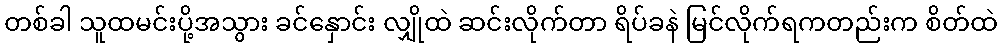
တစ်ခါ သူထမင်းပို့အသွား ခင်နှောင်း လျှိုထဲ ဆင်းလိုက်တာ ရိပ်ခနဲ မြင်လိုက်ရကတည်းက စိတ်ထဲ